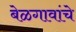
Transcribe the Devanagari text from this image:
बेळगावांचे